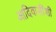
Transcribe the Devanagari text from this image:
आदिवासींशी